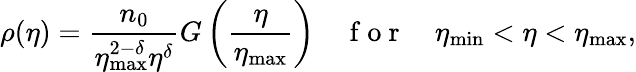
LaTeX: \rho(\eta)=\frac{n_{0}}{\eta_{\mathrm{max}}^{2-\delta}\eta^{\delta}}G\left(\frac{\eta}{\eta_{\mathrm{max}}}\right)\quad\mathrm{~f~o~r~}\quad\eta_{\mathrm{min}}<\eta<\eta_{\mathrm{max}},